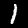
Digit: 1